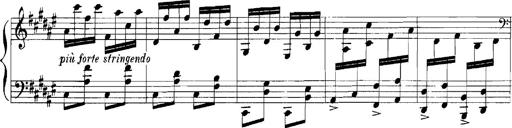
Title: Rhapsodies hongroises
Composer: Franz Liszt